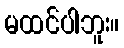
မထင်ပါဘူး။